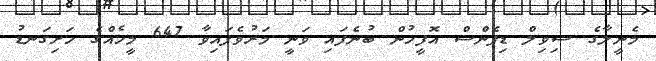
މެނީލާގެ ސިވިލް ޑިފެންސް އޮފީހުން ބުނެފައި ވަނީ މަރުވެފައިވާ 647 މީހެއްގެ ހަށިގަނޑު